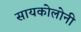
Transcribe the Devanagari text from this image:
सायकोलोनी